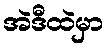
အဲဒီထဲမှာ